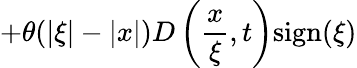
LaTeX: +\theta(|\xi|-|x|)D\left(\frac{x}{\xi},t\right)\mathrm{sign}(\xi)